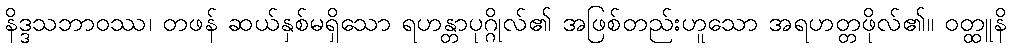
နိဒ္ဒသဘာဝဿ၊ တဖန် ဆယ်နှစ်မရှိသော ရဟန္တာပုဂ္ဂိုလ်၏ အဖြစ်တည်းဟူသော အရဟတ္တဖိုလ်၏။ ဝတ္ထူနိ